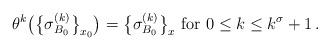
LaTeX: \begin{align*} \theta^k\big(\big\{\sigma^{(k)}_{B_0} \big\}_{x_0}\big)=\big\{\sigma^{(k)}_{B_0}\big\}_{x} \hbox{ for } 0\leq k\leq k^\sigma+1\,.\end{align*}